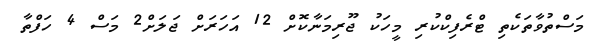
މަސްތުވާތަކެތި ޓްރެފިކްކުރި މީހަކު ޖޫރިމަނާކޮށް 12 އަހަރަށް ޖަލަށް2 މަސް 4 ހަފްތާ